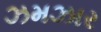
ઝમઝાર